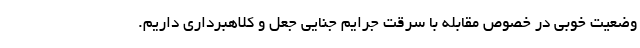
وضعیت خوبی در خصوص مقابله با سرقت جرایم جنایی جعل و کلاهبرداری داریم.